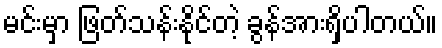
မင်းမှာ ဖြတ်သန်းနိုင်တဲ့ ခွန်အားရှိပါတယ်။